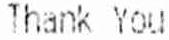
THANK YOU